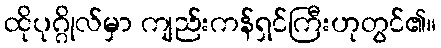
ထိုပုဂ္ဂိုလ်မှာ ကျည်းကန်ရှင်ကြီးဟုတွင်၏။